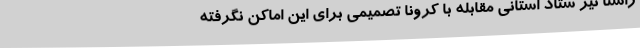
راستا نیز ستاد استانی مقابله با کرونا تصمیمی برای این اماکن نگرفته